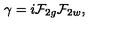
{ \gamma } = i { \cal F } _ { 2 g } { \cal F } _ { 2 w } ,